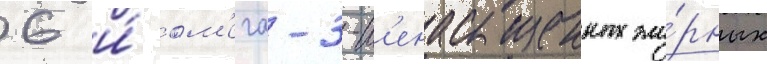
6 и́ ом'ега-3-н'енасыщенных жи́рных